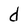
Character: d